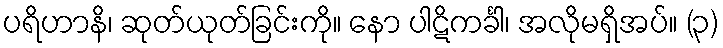
ပရိဟာနိ၊ ဆုတ်ယုတ်ခြင်းကို။ နော ပါဋိကင်္ခါ၊ အလိုမရှိအပ်။ (၃)